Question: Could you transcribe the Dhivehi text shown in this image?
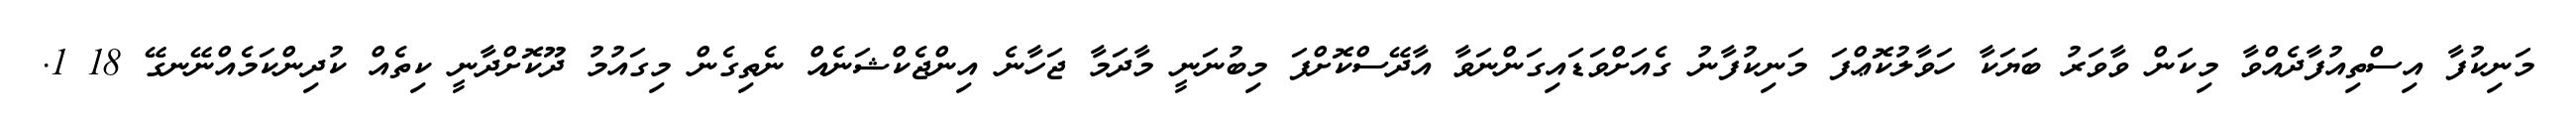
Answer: މަނިކުފާ އިސްތިއުފާދެއްވާ މިކަން ވާވަރު ބަޔަކާ ހަވާލުކޮޢްފަ މަނިކުފާނު ގެއަށްވަޑައިގަންނަވާ އާދޭސްކޮށްފަ މިބުނަނީ މާދަމާ ޖަހާނެ އިންޖެކްޝަނެއް ނެތިގެން މިގައުމު ދޫކޮށްދާނީ ކިތެއް ކުދިންކަމެއްނޭނގޭ 18 1.